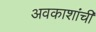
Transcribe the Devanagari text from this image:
अवकाशांची